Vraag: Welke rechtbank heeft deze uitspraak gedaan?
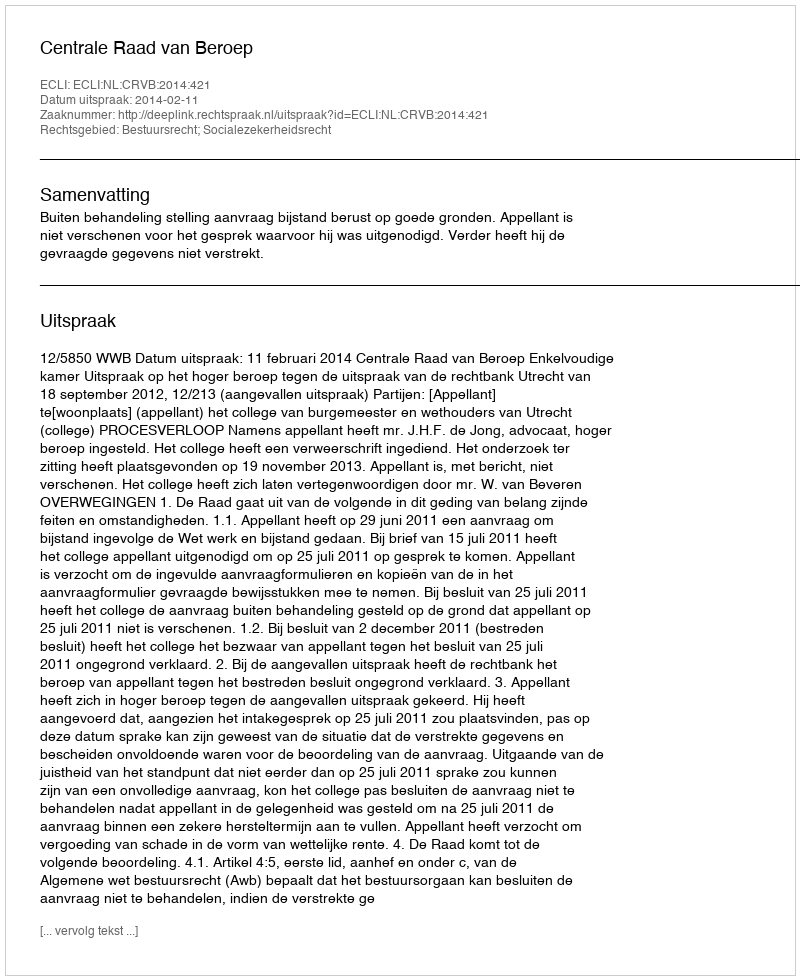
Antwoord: Centrale Raad van Beroep